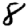
Digit: 8